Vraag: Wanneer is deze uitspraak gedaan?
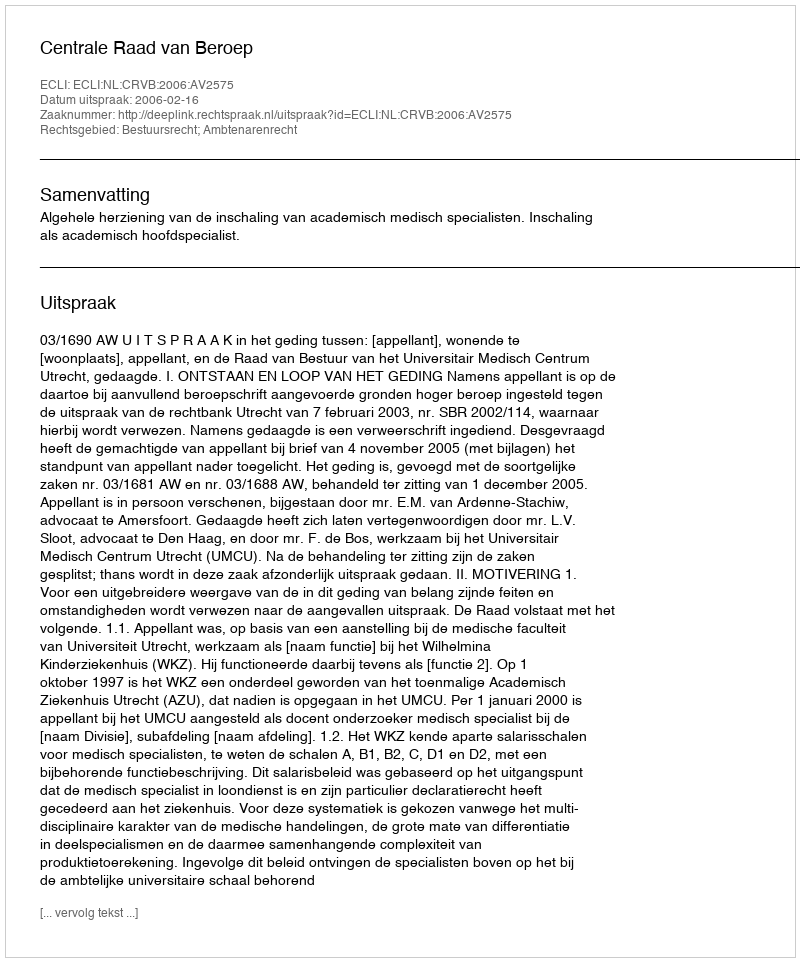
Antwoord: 2006-02-16